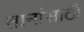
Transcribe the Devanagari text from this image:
तानांसाठी